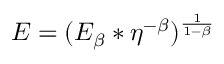
E = ( E _ { \beta } * \eta ^ { - \beta } ) ^ { \frac { 1 } { 1 - \beta } }